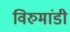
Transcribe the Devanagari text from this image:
विरुमांडी